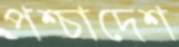
পশ্চাদেশ